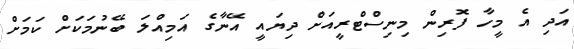
އަދި އެ މީހާ ފޮރިން މިނިސްޓްރީއަށް ދިޔައީ އޭނާގެ އަމިއްލަ ބޭނުމަކަށް ކަމަށް